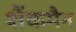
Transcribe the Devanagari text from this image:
शैंकमैन